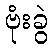
ဗုံးခွဲ